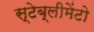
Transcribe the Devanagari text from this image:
स्टेब्लीमेंटो